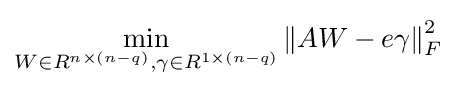
\min _{W\in R^{n\times (n-q)},\gamma \in R^{1\times (n-q)}}\left\|AW-e\gamma \right\|_{F}^{2}